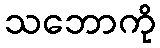
သဘောကို